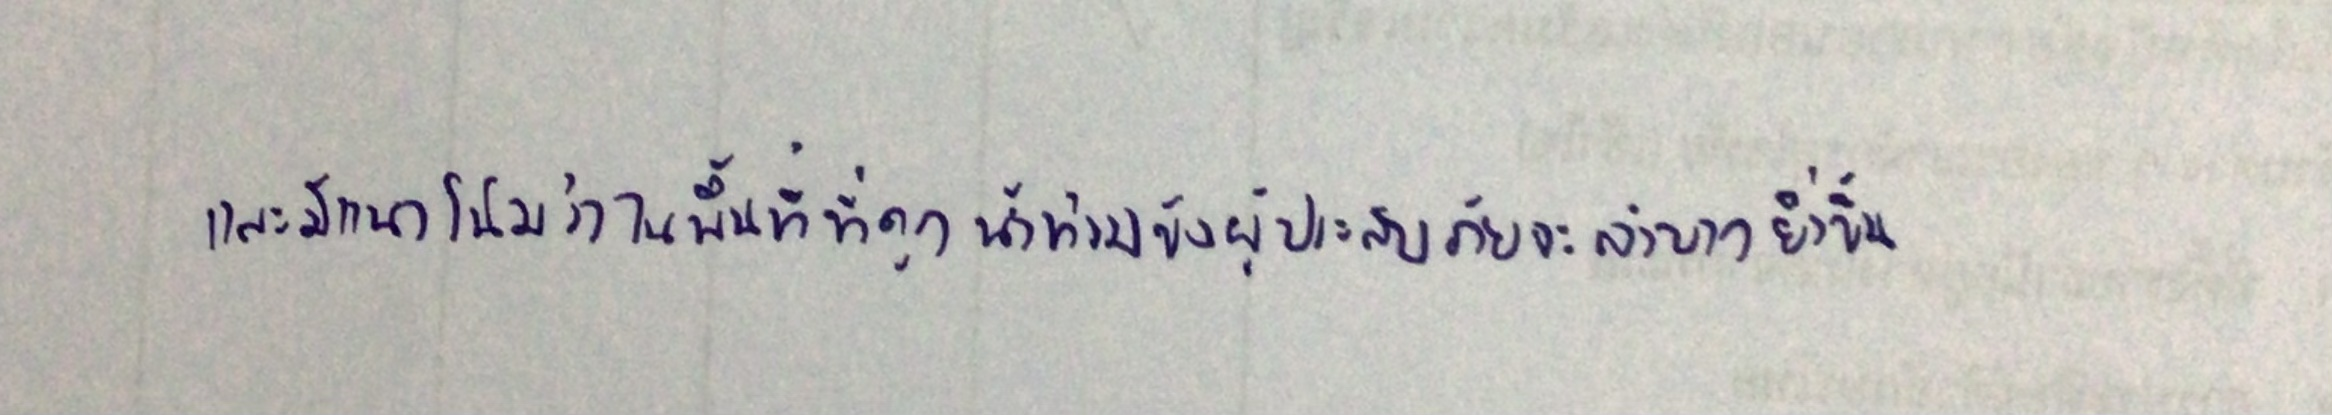
และมีแนวโน้มว่าในพื้นที่ที่ถูกน้ำท่วมขังผู้ประสบภัยจะลำบากยิ่งขึ้น